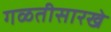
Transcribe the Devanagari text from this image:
गळतीसारखे